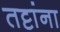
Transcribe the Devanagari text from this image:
तट्टांना